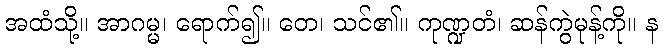
အထံသို့။ အာဂမ္မ၊ ရောက်၍။ တေ၊ သင်၏။ ကုဏ္ဍတံ၊ ဆန်ကွဲမုန့်ကို။ န